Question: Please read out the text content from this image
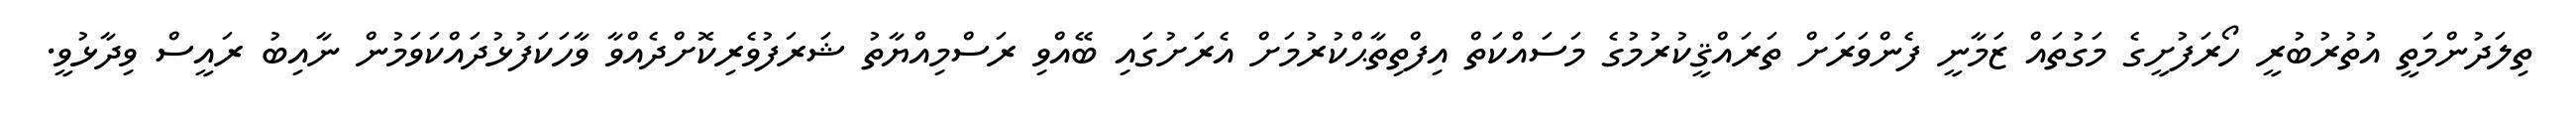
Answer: ތިލަދުންމަތީ އުތުރުބުރީ ހޯރަފުށީގެ މަގުތައް ޒަމާނީ ފެންވަރަށް ތަރައްޤީކުރުމުގެ މަސައްކަތް އިފްތިތާޙްކުރުމަށް އެރަށުގައި ބޭއްވި ރަސްމިއްޔާތު ޝަރަފުވެރިކޮށްދެއްވާ ވާހަކަފުޅުދައްކަވަމުން ނާއިބު ރައީސް ވިދާޅުވީ.